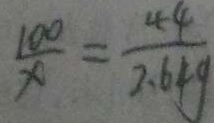
\frac { 1 0 0 } { x } = \frac { 4 4 } { 2 . 6 4 g }